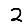
Digit: 2